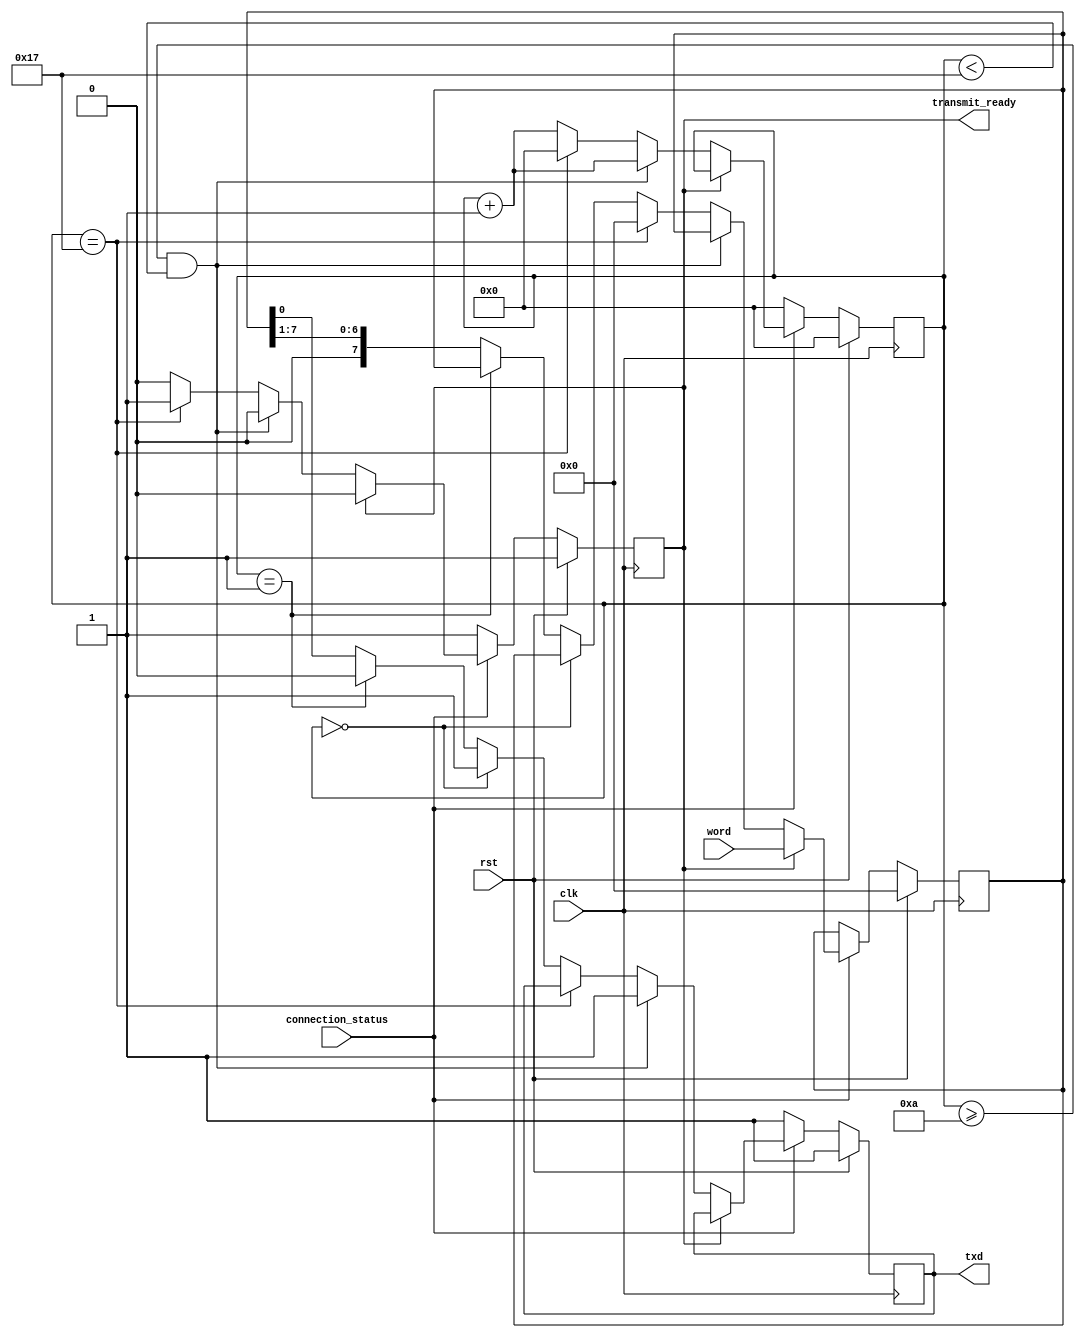
`timescale 1ns / 1ps

module transmit(
input [7:0] word, 
input clk, 
input rst, 
input connection_status,
output reg transmit_ready,
output reg txd);

reg [7:0] transmissive_data;
reg [9:0] counter = 0;

always @(posedge clk)
begin
	if (rst)
		begin
			txd = 1;
			counter = 0;
			transmissive_data = 0;
			transmit_ready = 1;
		end
	else if (connection_status)
		begin
			if (transmit_ready)
				begin
					transmissive_data = word;
					transmit_ready = 0;
				end
			else if (counter >= 10 && counter < 23)
				begin
					txd = 1;
					counter = counter + 1;
				end
			else if (counter == 23)
				begin 
					counter = 0;
					transmit_ready = 1;
					transmissive_data = 0;
				end
			else
				begin
					if(counter == 0)
						txd = 1;
					else if(counter == 1)
						txd = 0;
					else
						begin
							//txd = transmissive_data[7];
							//transmissive_data = transmissive_data << 1;
							txd = transmissive_data[0];
							transmissive_data = transmissive_data >> 1;
						end
					counter = counter + 1;
				end
			end
		else
			begin
				txd = 1;
				counter = 0;
				transmit_ready = 1;
			end
end

endmodule